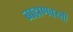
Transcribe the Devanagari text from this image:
ब्राह्मणवस्ती